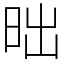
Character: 昢